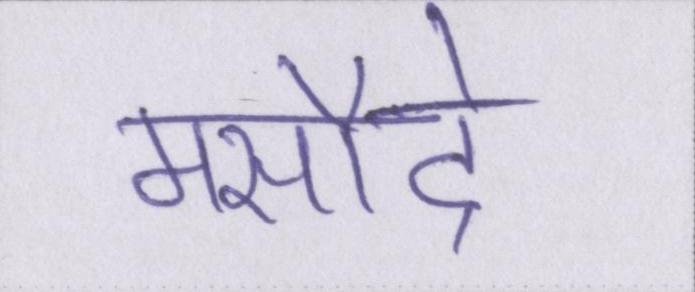
मसौदे